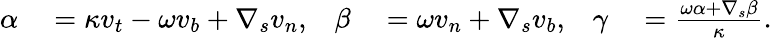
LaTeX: \begin{array}{rlrlrl}{\alpha}&{{}=\kappa v_{t}-\omega v_{b}+\nabla_{s}v_{n},}&{\beta}&{{}=\omega v_{n}+\nabla_{s}v_{b},}&{\gamma}&{{}=\frac{\omega\alpha+\nabla_{s}\beta}{\kappa}.}\end{array}